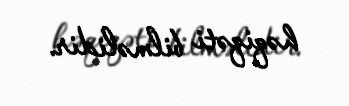
həqiqəti bilməlidir.